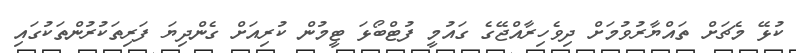
ކުޅޭ މެޗަށް ތައްޔާރުވުމަށް ދިވެހިރާއްޖޭގެ ގައުމީ ފުޓްބޯޅަ ޓީމުން ކުރިއަށް ގެންދިޔަ ފަރިތަކުރުންތަކުގައި